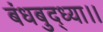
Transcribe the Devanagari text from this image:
बंधबुद्ध्या।।